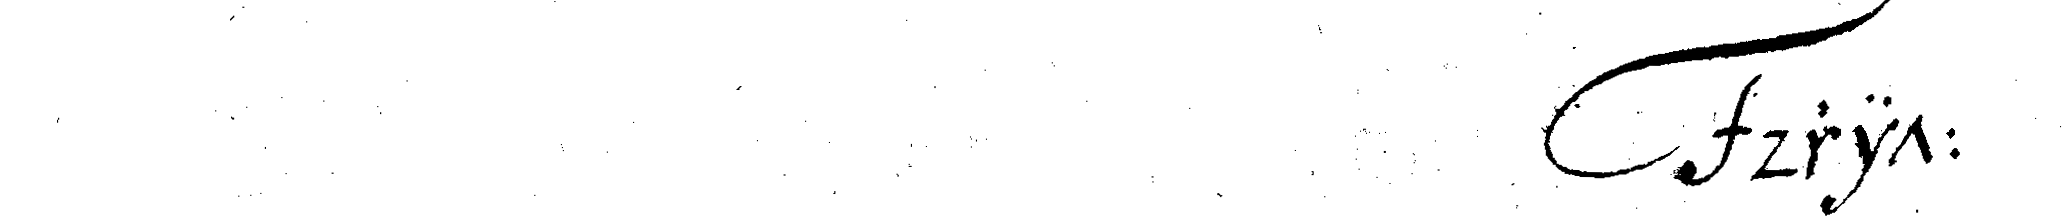
#F dritt